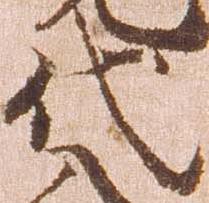
代